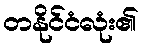
တနိုင်ငံလုံး၏